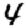
Digit: 4